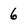
Character: 6